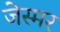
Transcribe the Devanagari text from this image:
जेस्मर